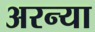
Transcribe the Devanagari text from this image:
अरन्या